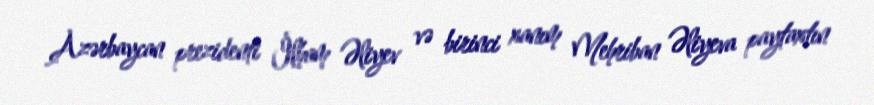
Azərbaycan prezidenti İlham Əliyev və birinci xanım Mehriban Əliyeva paytaxtın